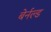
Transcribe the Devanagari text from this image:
बेर्नल्ड